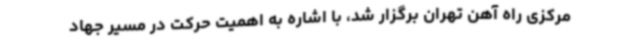
مرکزی راه آهن تهران برگزار شد، با اشاره به اهمیت حرکت در مسیر جهاد